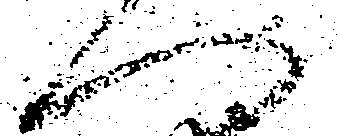
へ